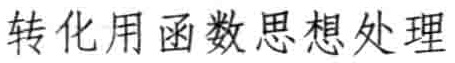
转化用函数思想处理